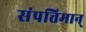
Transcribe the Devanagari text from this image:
संपत्तिमान्